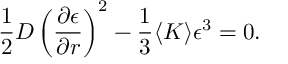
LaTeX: \frac { 1 } { 2 } D \left( \frac { \partial \epsilon } { \partial r } \right) ^ { 2 } - \frac { 1 } { 3 } \langle K \rangle \epsilon ^ { 3 } = 0 .